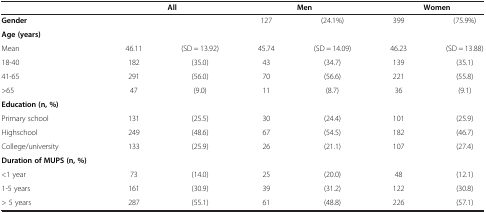
<table><thead><tr><td><b> </b></td><td colspan="2"><b>All</b></td><td colspan="2"><b>Men</b></td><td colspan="2"><b>Women</b></td></tr></thead><tbody><tr><td><b>Gender</b></td><td> </td><td> </td><td>127</td><td>(24.1%)</td><td>399</td><td>(75.9%)</td></tr><tr><td><b>Age (years)</b></td><td> </td><td> </td><td> </td><td> </td><td> </td><td> </td></tr><tr><td>Mean</td><td>46.11</td><td>(SD = 13.92)</td><td>45.74</td><td>(SD = 14.09)</td><td>46.23</td><td>(SD = 13.88)</td></tr><tr><td>18-40</td><td>182</td><td>(35.0)</td><td>43</td><td>(34.7)</td><td>139</td><td>(35.1)</td></tr><tr><td>41-65</td><td>291</td><td>(56.0)</td><td>70</td><td>(56.6)</td><td>221</td><td>(55.8)</td></tr><tr><td>&gt;65</td><td>47</td><td>(9.0)</td><td>11</td><td>(8.7)</td><td>36</td><td>(9.1)</td></tr><tr><td><b>Education (n, %)</b></td><td> </td><td> </td><td> </td><td> </td><td> </td><td> </td></tr><tr><td>Primary school</td><td>131</td><td>(25.5)</td><td>30</td><td>(24.4)</td><td>101</td><td>(25.9)</td></tr><tr><td>Highschool</td><td>249</td><td>(48.6)</td><td>67</td><td>(54.5)</td><td>182</td><td>(46.7)</td></tr><tr><td>College/university</td><td>133</td><td>(25.9)</td><td>26</td><td>(21.1)</td><td>107</td><td>(27.4)</td></tr><tr><td><b>Duration of MUPS (n, %)</b></td><td> </td><td> </td><td> </td><td> </td><td> </td><td> </td></tr><tr><td>&lt;1 year</td><td>73</td><td>(14.0)</td><td>25</td><td>(20.0)</td><td>48</td><td>(12.1)</td></tr><tr><td>1-5 years</td><td>161</td><td>(30.9)</td><td>39</td><td>(31.2)</td><td>122</td><td>(30.8)</td></tr><tr><td>&gt; 5 years</td><td>287</td><td>(55.1)</td><td>61</td><td>(48.8)</td><td>226</td><td>(57.1)</td></tr></tbody></table>